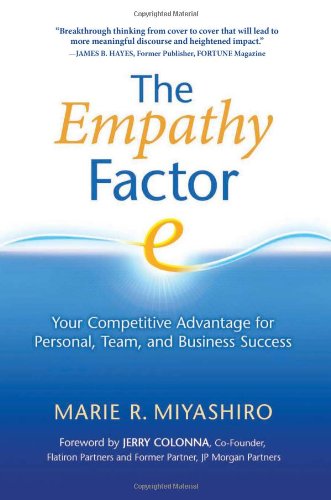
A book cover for The Empathy Factor: Your Competitive Advantage for Personal, Team, and Business Success; Marie R. Miyashiro; Business & Money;